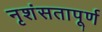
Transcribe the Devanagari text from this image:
नृशंसतापूर्ण